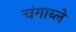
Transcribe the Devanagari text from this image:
चंगाब्ले